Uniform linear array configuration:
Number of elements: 12
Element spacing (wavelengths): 0.75
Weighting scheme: blackman
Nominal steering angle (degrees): -45
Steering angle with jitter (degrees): -43.917
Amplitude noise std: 0.05
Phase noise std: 0.05

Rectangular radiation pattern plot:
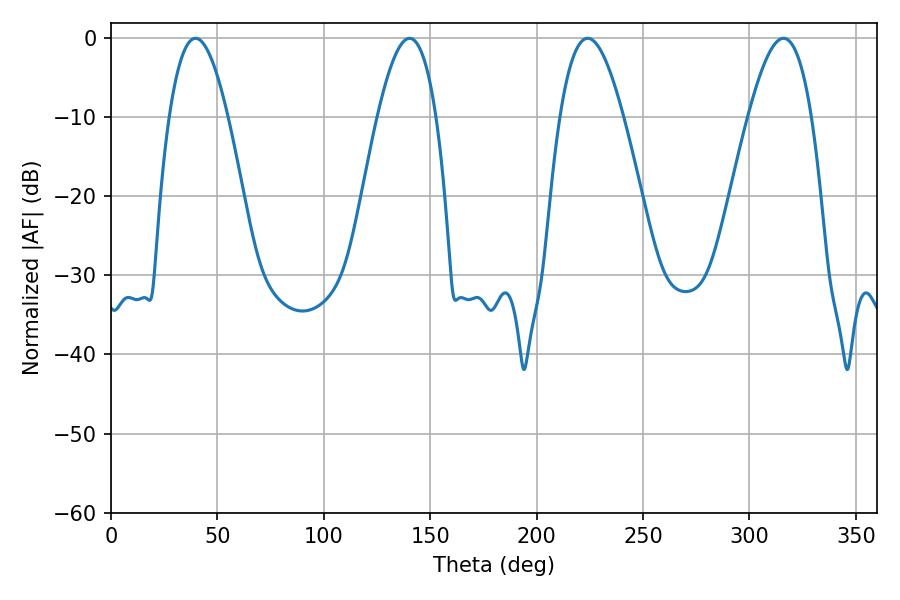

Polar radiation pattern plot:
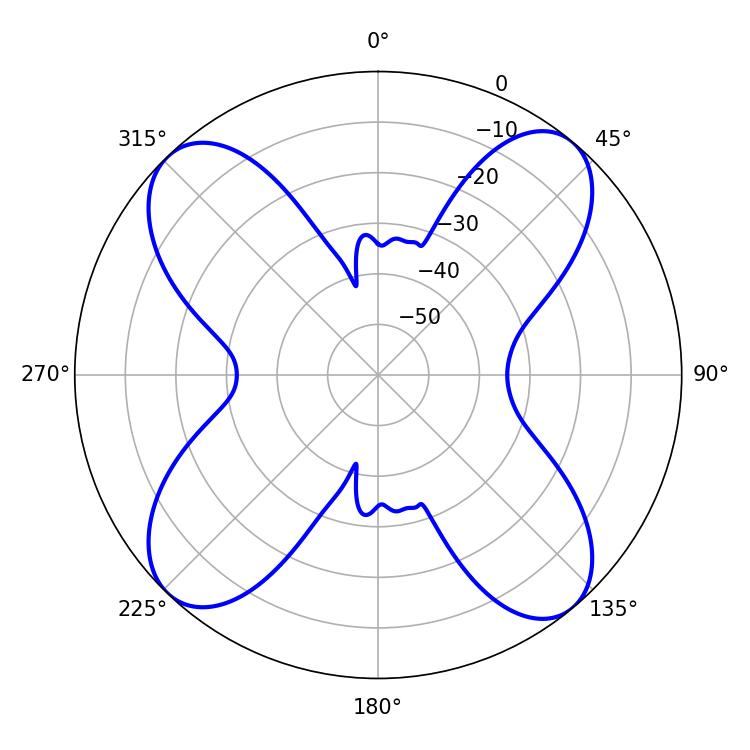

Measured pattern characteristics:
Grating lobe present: TRUE
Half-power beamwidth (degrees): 16.02
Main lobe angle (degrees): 223.92